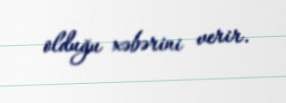
olduğu xəbərini verir.